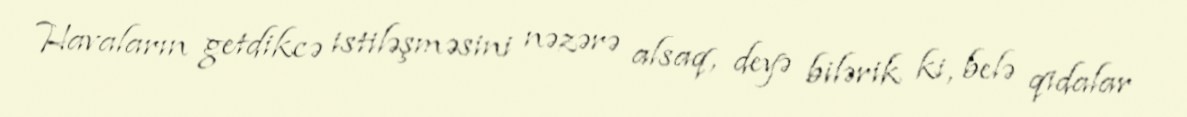
Havaların getdikcə istiləşməsini nəzərə alsaq, deyə bilərik ki, belə qidalar